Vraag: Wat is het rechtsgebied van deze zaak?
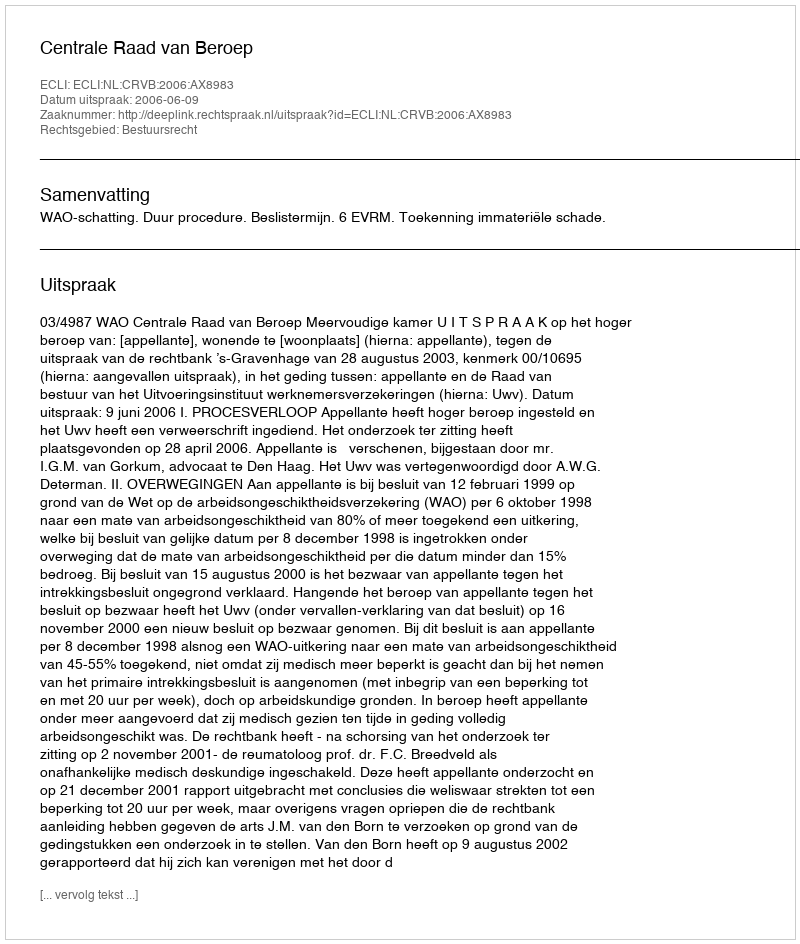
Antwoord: Bestuursrecht